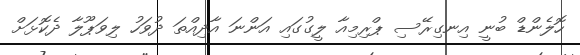
ހޮލެންޑް ބުނީ އިނގިރޭސި ޕްރިމިއާ ލީގުގައި އަންނަ އާދިއްތަ ދުވަހު ލިވަޕޫލާ ދެކޮޅަށް